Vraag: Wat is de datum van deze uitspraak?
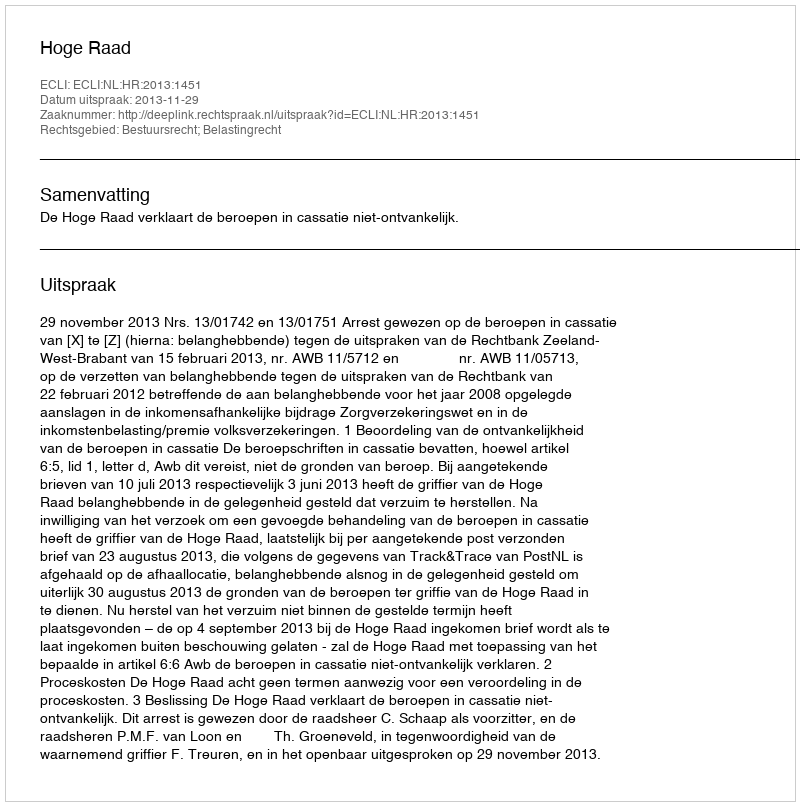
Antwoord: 2013-11-29